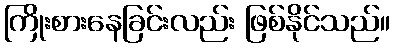
ကြိုးစားနေခြင်းလည်း ဖြစ်နိုင်သည်။